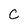
Character: C